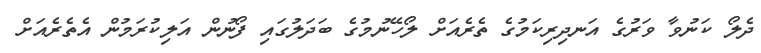
ދެލޯ ކަނުވާ ވަރުގެ އަނދިރިކަމުގެ ތެރެއަށް ލޯހޭނުމުގެ ބަދަލުގައި ފޯނުން އަލިކުރަމުން އެތެރެއަށް